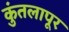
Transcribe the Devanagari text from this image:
कुंतलापूर